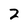
Character: 2